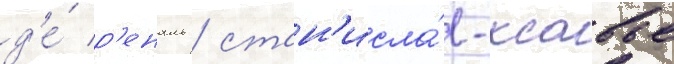
д'е́ р'еналь / стан'исла́в-ксавье